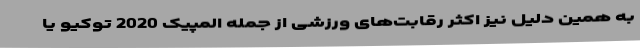
به همین دلیل نیز اکثر رقابت‌های ورزشی از جمله المپیک 2020 توکیو یا